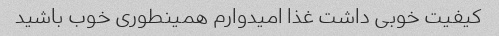
کیفیت خوبی داشت غذا امیدوارم همینطوری خوب باشید